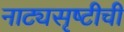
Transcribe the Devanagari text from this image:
नाट्यसृष्‍टीची